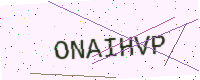
Text: ONAIHVP